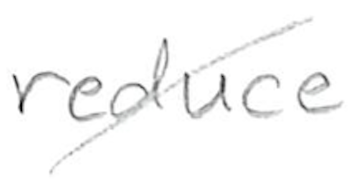
Text: reduce
Cross-out: diagonal
Writing tool: pencil